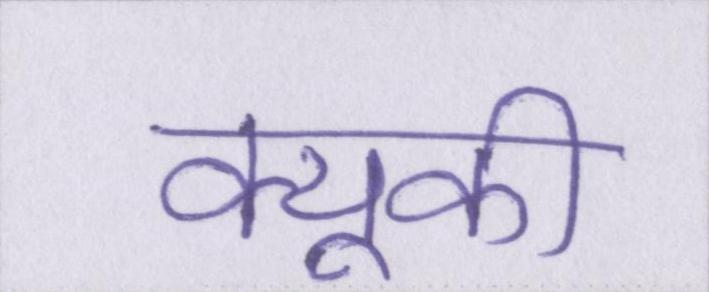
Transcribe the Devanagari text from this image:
क्यूकी